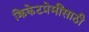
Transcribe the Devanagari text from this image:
क्रिकेटप्रेमींसाठी